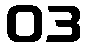
03